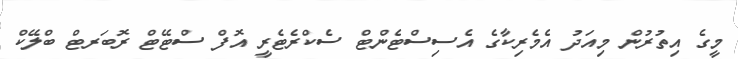
މީގެ އިތުރުން މިއަދު އެމެރިކާގެ އެސިސްޓެންޓް ސެކްރެޓެރީ އޮފް ސްޓޭޓް ރޮބަރޓް ބްލޭކް